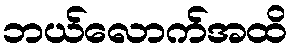
ဘယ်လောက်အထိ